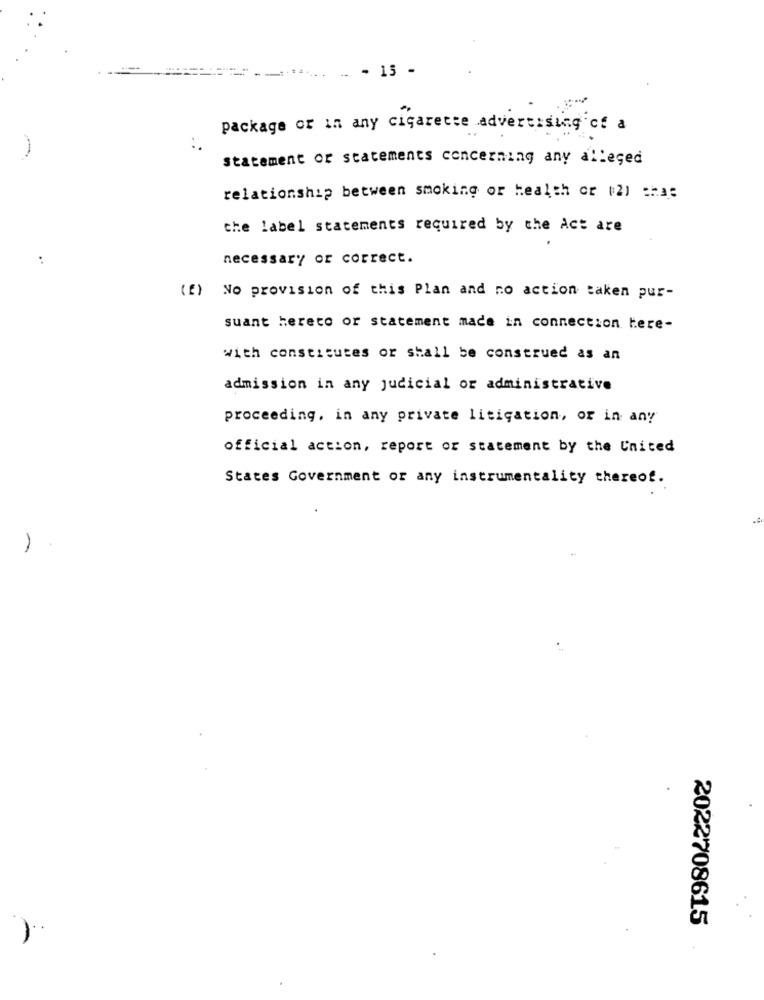
- 15 -
package or in any cigarette advertising of a
Statement or statements concerning any alleged
relationship between smoking or health or (2) =has
the label statements required by the Act are
:
necessary or correct.
(E) No provision of this Plan and no action taken pur-
suant hereto or statement made in connection tere-
with constitutes or shall be construed as an
admission in any judicial or administrative
proceeding, in any private litigation, or in any
official action, report or statement by the United
States Government or any instrumentality thereof.
2022708615
)